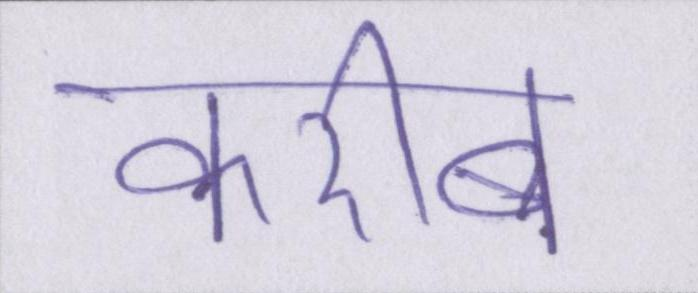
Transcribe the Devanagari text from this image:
करीब